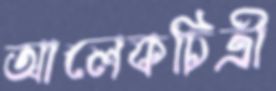
আলেকচিত্রী